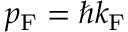
p _ { \mathrm { F } } = \hbar k _ { \mathrm { F } }